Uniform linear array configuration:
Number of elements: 24
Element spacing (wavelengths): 0.5
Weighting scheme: cosine
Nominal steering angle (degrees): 30
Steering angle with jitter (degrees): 29.401
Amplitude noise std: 0.05
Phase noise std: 0.05

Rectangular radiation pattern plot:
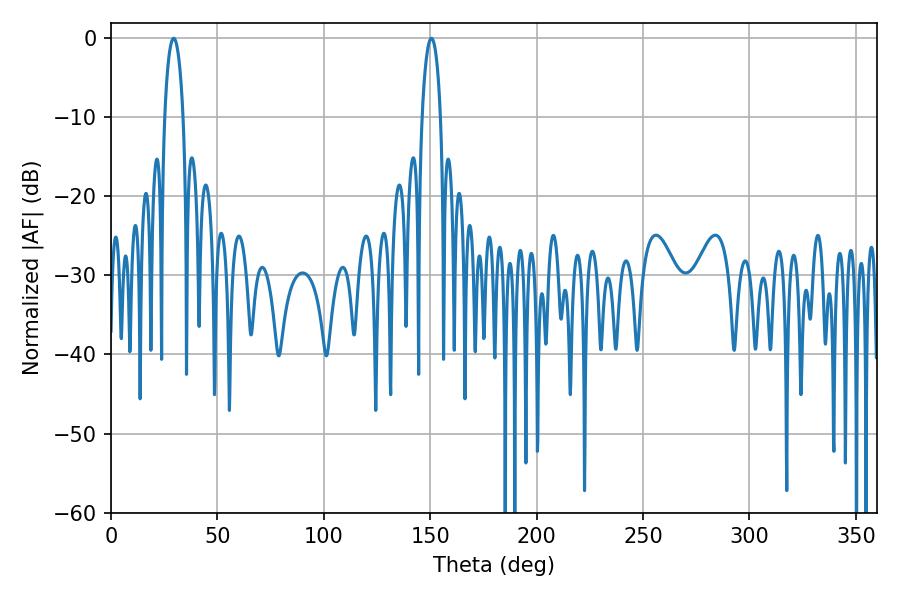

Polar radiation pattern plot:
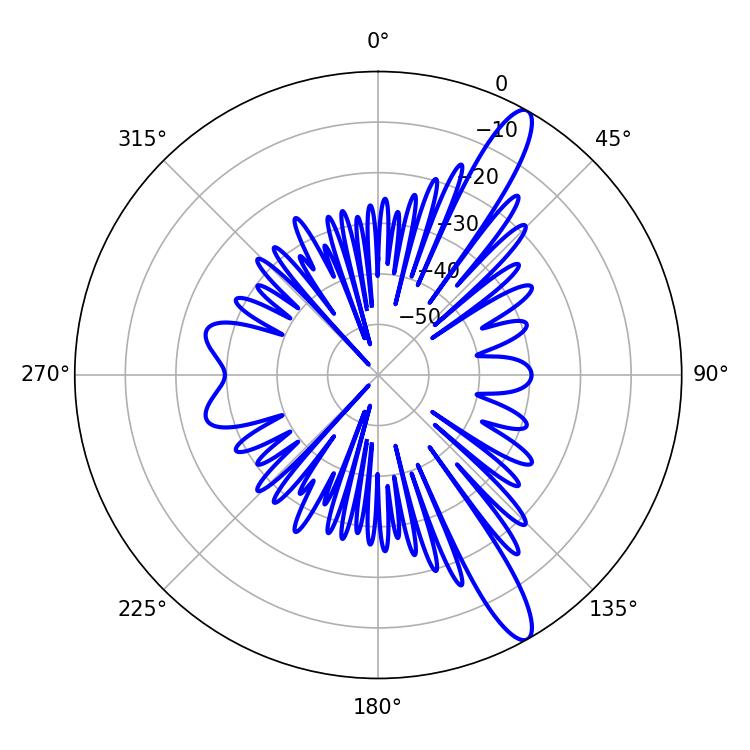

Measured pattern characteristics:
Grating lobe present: FALSE
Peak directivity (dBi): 13.321
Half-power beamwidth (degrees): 4.86
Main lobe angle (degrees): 29.52